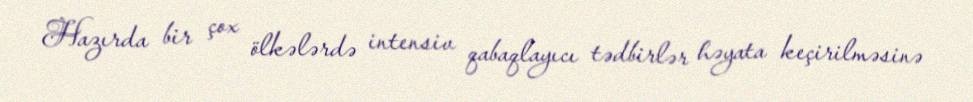
Hazırda bir çox ölkələrdə intensiv qabaqlayıcı tədbirlər həyata keçirilməsinə